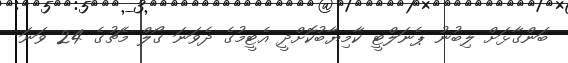
ބަންގާޅަށް ލިބުނު ޕެނަލްޓީ ކާމިޔާބުކޮށްދީ އެޓީމުގެ ދެވަނަ ގޯލް މެޗުގެ 24 ވަނަ